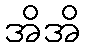
အိအိ